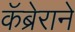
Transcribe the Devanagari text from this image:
कॅब्रेराने